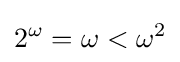
2^{\omega }=\omega <\omega ^{2}